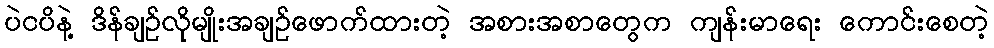
ပဲငပိနဲ့ ဒိန်ချဉ်လိုမျိုးအချဉ်ဖောက်ထားတဲ့ အစားအစာတွေက ကျန်းမာရေး ကောင်းစေတဲ့